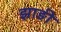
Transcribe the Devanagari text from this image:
झाङी